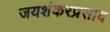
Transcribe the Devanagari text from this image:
जयशंकरप्रसाद